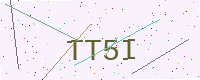
Text: TT5I